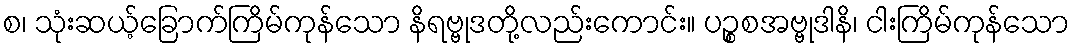
စ၊ သုံးဆယ့်ခြောက်ကြိမ်ကုန်သော နိရဗ္ဗုဒတို့လည်းကောင်း။ ပဉ္စစအဗ္ဗုဒါနိ၊ ငါးကြိမ်ကုန်သော